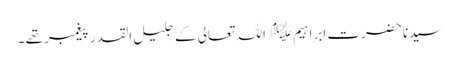
سیدنا حضرت ابراہیم ﷤ اللہ تعالی کے جلیل القدر پیغمبر تھے ۔